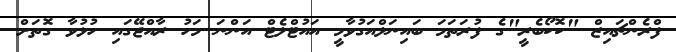
ފްރެންޗައިޒް "ކޮކޯބެރީ"ގެ ފުރަތަމަ ބައިނަލްއަގުވާމީ އައުޓްލެޓް އަންނަ މަހު ރާއްޖޭގައި ހުޅުވާ ގޮތަށް